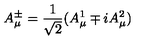
A _ { \mu } ^ { \pm } = \frac { 1 } { \sqrt { 2 } } ( A _ { \mu } ^ { 1 } \mp i A _ { \mu } ^ { 2 } )